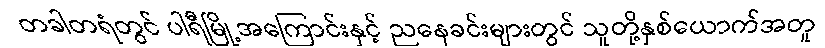
တခါတရံတွင် ပါရီမြို့အကြောင်းနှင့် ညနေခင်းများတွင် သူတို့နှစ်ယောက်အတူ